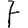
Digit: 7